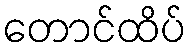
တောင်ထိပ်